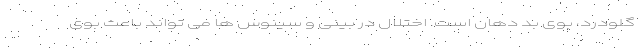
گلودرد، بوی بد دهان است. اختلال در بینی و سینوس ها می تواند باعث بوی